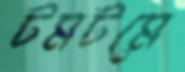
টমটমে